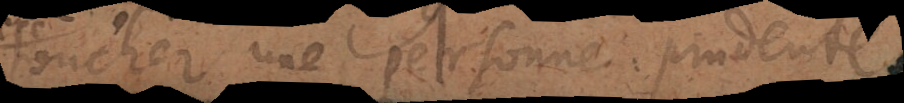
toucher une personne prudente.